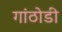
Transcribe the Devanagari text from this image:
गांठोडी